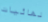
نهائيات